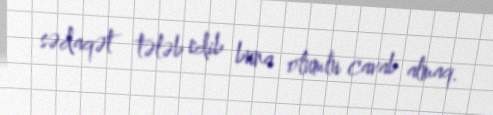
sədaqət tələb edib buna olumlu cavab almaq.